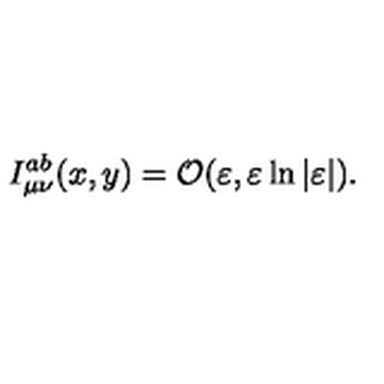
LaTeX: I _ { \mu \nu } ^ { a b } ( x , y ) = { \cal O } ( \varepsilon , \varepsilon \ln | \varepsilon | ) .